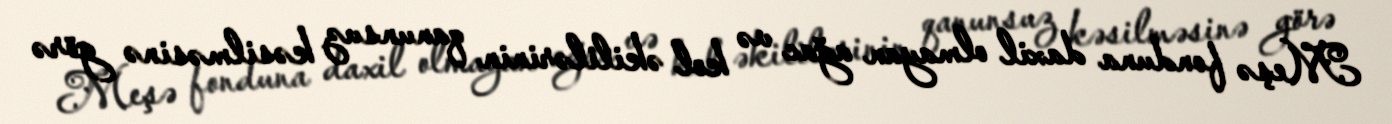
Meşə fonduna daxil olmayan ağac və kol əkililərinin qanunsuz kəsilməsinə görə